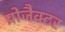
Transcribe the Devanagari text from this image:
प्रोजैक्टर